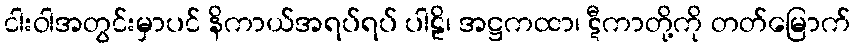
ငါးဝါအတွင်းမှာပင် နိကာယ်အရပ်ရပ် ပါဠိ၊ အဋ္ဌကထာ၊ ဋီကာတို့ကို တတ်မြောက်